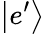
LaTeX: \left|e^{\prime}\right\rangle